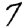
Digit: 7